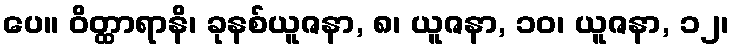
ပေ။ ဝိတ္ထာရာနိ၊ ခုနစ်ယူဇနာ, ၈၊ ယူဇနာ, ၁၀၊ ယူဇနာ, ၁၂၊